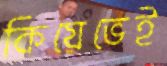
কিয়েভেই